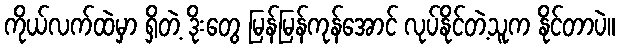
ကိုယ်လက်ထဲမှာ ရှိတဲ့ ဒိုးတွေ မြန်မြန်ကုန်အောင် လုပ်နိုင်တဲ့သူက နိုင်တာပဲ။